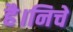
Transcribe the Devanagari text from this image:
है।निचे